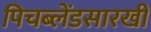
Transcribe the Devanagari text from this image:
पिचब्लेंडसारखी